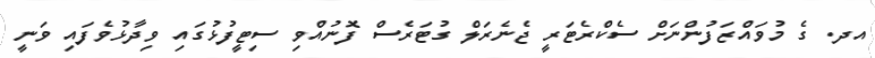
އދ. ގެ މުވައްޒަފުންނަށް ސެކްރެޓަރީ ޖެނެރަލް ގުޓަރެސް ފޮނުއްވި ސިޓީފުޅުގައި ވިދާޅުވެފައި ވަނީ